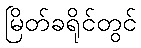
မြိတ်ခရိုင်တွင်